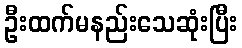
ဦးထက်မနည်းသေဆုံးပြီး